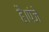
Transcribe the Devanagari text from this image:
है।पंजे